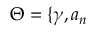
\Theta = \{ \gamma , a _ { n }